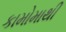
કામોમાથી